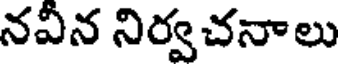
నవీన నిర్వచనాలు